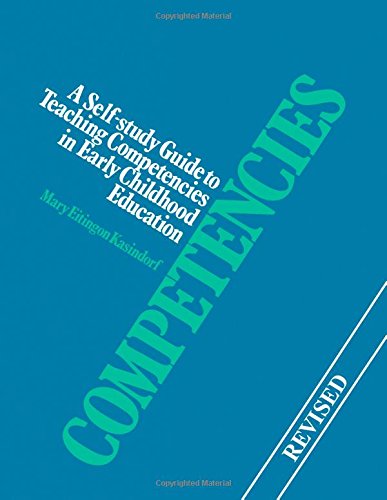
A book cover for Competencies: A Self-Study Guide to Teaching Competencies in Early Childhood Education; Mary Kasindorf; Education & Teaching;